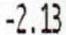
-2.13